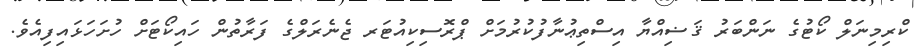
ކްރިމިނަލް ކޯޓުގެ ނަންބަރު ޤަޟިއްޔާ އިސްތިޢުނާފުކުރުމަށް ޕްރޮސިކިއުޓަރ ޖެނެރަލްގެ ފަރާތުން ހައިކޯޓަށް ހުށަހަޅައިފިއެވެ.